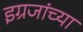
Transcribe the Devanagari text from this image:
इग्रजांच्या